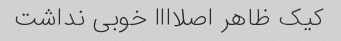
کیک ظاهر اصلاااا خوبی نداشت